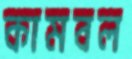
কামবল